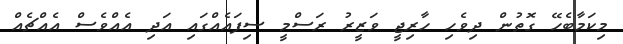
މިކަމާބެހޭ ގޮތުން ދިވެހި ހާރިޖީ ވަޒީރު ރަސްމީ ސިފައެއްގައި އަދި އެއްވެސް އެއްޗެއް